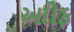
આોફ